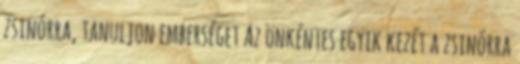
zsinórra, tanuljon emberséget Az önkéntes egyik kezét a zsinórra